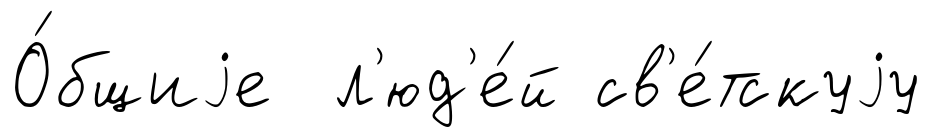
О́бщиjе л'юд'е́й св'е́тскуjу